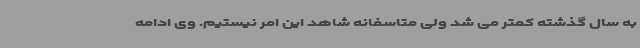
به سال گذشته کمتر می شد ولی متاسفانه شاهد این امر نیستیم. وی ادامه